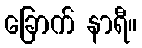
ခြောက် နာရီ။